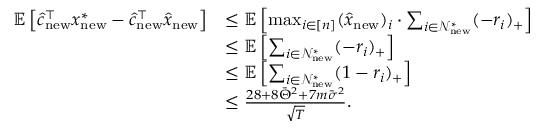
\begin{array} { r l } { \mathbb { E } \left[ \hat { c } _ { \mathrm { n e w } } ^ { \top } x _ { \mathrm { n e w } } ^ { * } - \hat { c } _ { \mathrm { n e w } } ^ { \top } \hat { x } _ { \mathrm { n e w } } \right] } & { \leq \mathbb { E } \left[ \operatorname* { m a x } _ { i \in [ n ] } ( \hat { x } _ { \mathrm { n e w } } ) _ { i } \cdot \sum _ { i \in \mathcal { N } _ { \mathrm { n e w } } ^ { * } } ( - r _ { i } ) _ { + } \right] } \\ & { \leq \mathbb { E } \left[ \sum _ { i \in \mathcal { N } _ { \mathrm { n e w } } ^ { * } } ( - r _ { i } ) _ { + } \right] } \\ & { \leq \mathbb { E } \left[ \sum _ { i \in \mathcal { N } _ { \mathrm { n e w } } ^ { * } } ( 1 - r _ { i } ) _ { + } \right] } \\ & { \leq \frac { 2 8 + 8 \bar { \Theta } ^ { 2 } + 7 m \bar { \sigma } ^ { 2 } } { \sqrt { T } } . } \end{array}